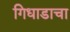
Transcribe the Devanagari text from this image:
गिधाडाचा